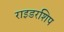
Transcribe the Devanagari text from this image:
राइडरशिप